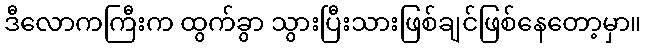
ဒီလောကကြီးက ထွက်ခွာ သွားပြီးသားဖြစ်ချင်ဖြစ်နေတော့မှာ။